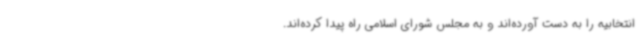
انتخابیه را به دست آورده‌اند و به مجلس شورای اسلامی راه پیدا کرده‌اند.